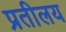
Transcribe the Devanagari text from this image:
प्रतीलय